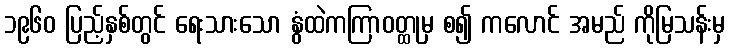
၁၉၆၀ ပြည့်နှစ်တွင် ရေးသားသော နွံထဲကကြာဝတ္ထုမှ စ၍ ကလောင် အမည် ကိုမြသန်းမှ